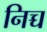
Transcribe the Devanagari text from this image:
निच्च